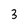
Character: 3